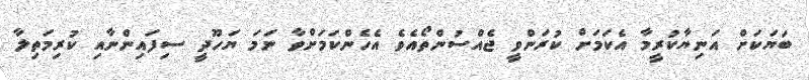
ބަޔަކަށް އަނިޔާކުރީމާ އެކަމަށް ކުރަންވީ ޖެއްސުންތޯއެވެ އެހެންކަމަށްވާ ނަމަ ޔަހޫދީ ސިފައިންނާއި ކުރިމަތިލާ